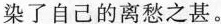
染了自己的离愁之甚。